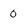
Character: 0